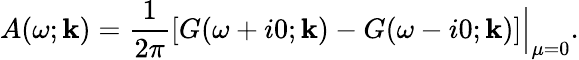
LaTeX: A(\omega;\mathbf{k})=\frac{1}{2\pi}\left[G(\omega+i0;\mathbf{k})-G(\omega-i0;\mathbf{k})\right]\Big|_{\mu=0}.